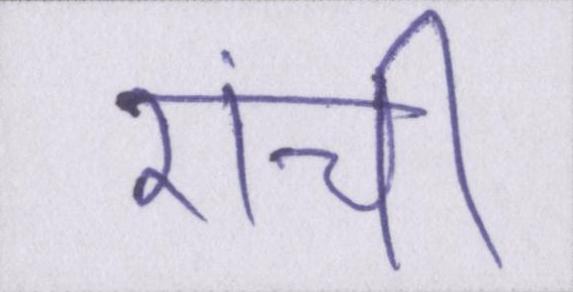
रांची